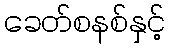
ခေတ်စနစ်နှင့်